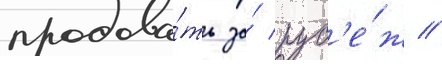
продава́ть за́ руб'е́ж //